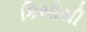
કિસીસી